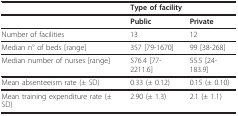
|  | <COLSPAN=2> Type of facility |
 | --- | --- | --- |
 |  | Public | Private |
 | Number of facilities | 13 | 12 |
 | Median n° of beds [range] | 357 [79-1670] | 99 [38-268] |
 | Median number of nurses [range] | 576.4 [77-2211.6] | 55.5 [24-183.9] |
 | Mean absenteeism rate (± SD) | 0.33 (± 0.12) | 0.15 (± 0.10) |
 | Mean training expenditure rate (± SD) | 2.90 (± 1.3) | 2.1 (± 1.1) |